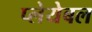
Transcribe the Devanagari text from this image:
प्लेयेबल